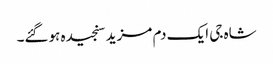
شاہ جی ایک دم مزید سنجیدہ ہوگئے۔